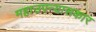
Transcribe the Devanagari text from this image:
महाउपन्यासकार